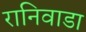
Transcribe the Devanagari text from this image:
रानिवाडा